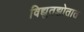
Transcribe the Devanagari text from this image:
विद्युतझोतात